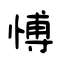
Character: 愽